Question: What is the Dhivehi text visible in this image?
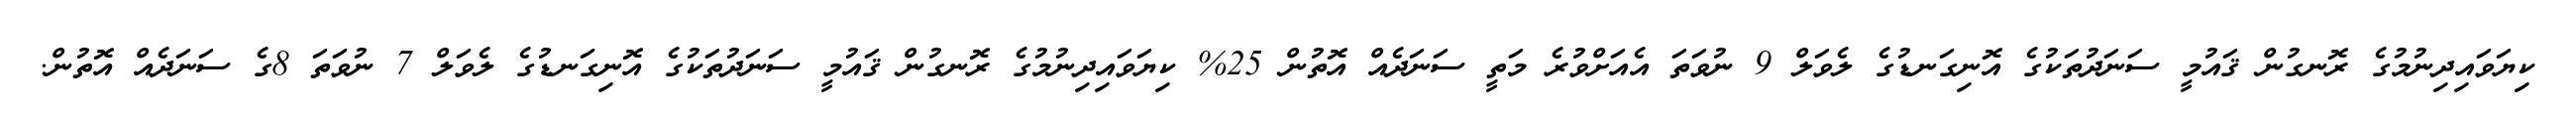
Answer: ކިޔަވައިދިނުމުގެ ރޮނގުން ޤައުމީ ސަނަދުތަކުގެ އޮނިގަނޑުގެ ލެވަލް 9 ނުވަތަ އެއަށްވުރެ މަތީ ސަނަދެއް އޮތުން 25% ކިޔަވައިދިނުމުގެ ރޮނގުން ޤައުމީ ސަނަދުތަކުގެ އޮނިގަނޑުގެ ލެވަލް 7 ނުވަތަ 8ގެ ސަނަދެއް އޮތުން.